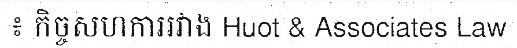
៖ កិច្ចសហការរវាង Huot & Associates Law